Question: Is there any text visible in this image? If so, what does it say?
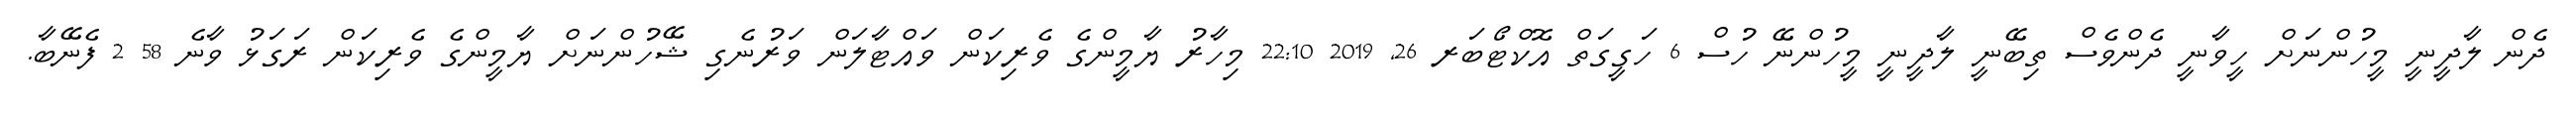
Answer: ދެން ލާދީނީ މީހުންނަށް ހީވާނީ ދެންވެސް ތިބޭނީ ލާދީނީ މީހުންނޭ ހުސް 6 ހަގީގަތް އޮކްޓޯބަރ 26, 2019 22:10 މިހާރު ޔާމީންގެ ވެރިކަން ވައްޓާލަން ވަރުނެގި ޝޭހުންނަށް ޔާމީންގެ ވެރިކަން ރަގަޅު ވާނެ 58 2 ފެނޭބާ.